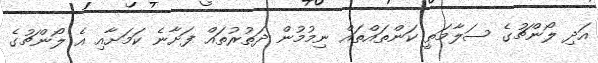
އަދި ލޯންޗުގެ ސަލާމަތީ ކަންތައްތައް ނިމުމުން ދަތުރުތައް ފަށާނެ ކަމަށާއި އެ ލޯންޗުގެ